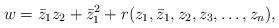
LaTeX: \begin{align*} w = \bar{z}_1 z_2 + \bar{z}_1^2 + r(z_1,\bar{z}_1,z_2,z_3,\ldots,z_n) ,\end{align*}